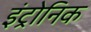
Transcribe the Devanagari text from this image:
इंट्रोनिक